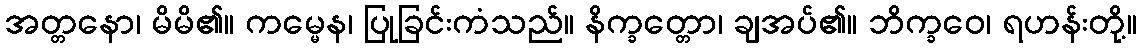
အတ္တနော၊ မိမိ၏။ ကမ္မေန၊ ပြုခြင်းကံသည်။ နိက္ခတ္တော၊ ချအပ်၏။ ဘိက္ခဝေ၊ ရဟန်းတို့။